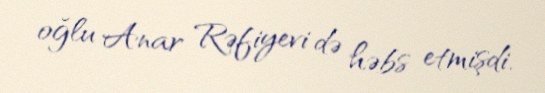
oğlu Anar Rəfiyevi də həbs etmişdi.